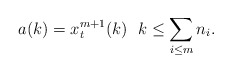
\begin{align*}a(k)=x_t^{m+1}(k) \ \ k\le \sum\limits_{i\le m} n_i.\end{align*}